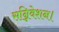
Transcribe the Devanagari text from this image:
सन्निवेशन।